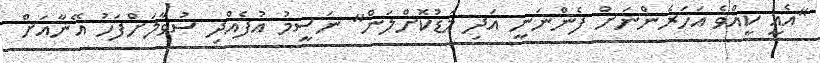
"އެއީ ކީއްވެ އަހަރެންނަށް ފެންނަނީ އަދި މަޑުކޮށްލަން" ނަސީމު އުފެއްދި ސުވާލަށްފަހު އޭނާއަށް